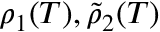
\rho _ { 1 } ( T ) , \tilde { \rho } _ { 2 } ( T )